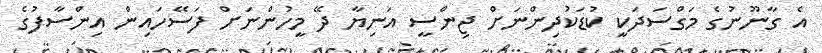
އެ ގާނޫނުގެ މަގްސަދަކީ ކުޑަކުދިންނަށް ޖިންސީ އަނިޔާ ދޭ މީހުންނަށް ފަސޭހައިން އިންސާފުގެ